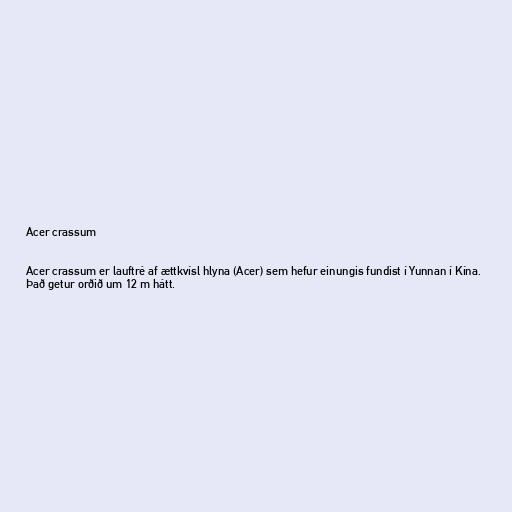
Acer crassum

Acer crassum er lauftré af ættkvísl hlyna (Acer) sem hefur einungis fundist í Yunnan í Kína.
Það getur orðið um 12 m hátt.